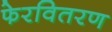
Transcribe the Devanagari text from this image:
फेरवितरण